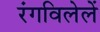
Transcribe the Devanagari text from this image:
रंगविलेलें